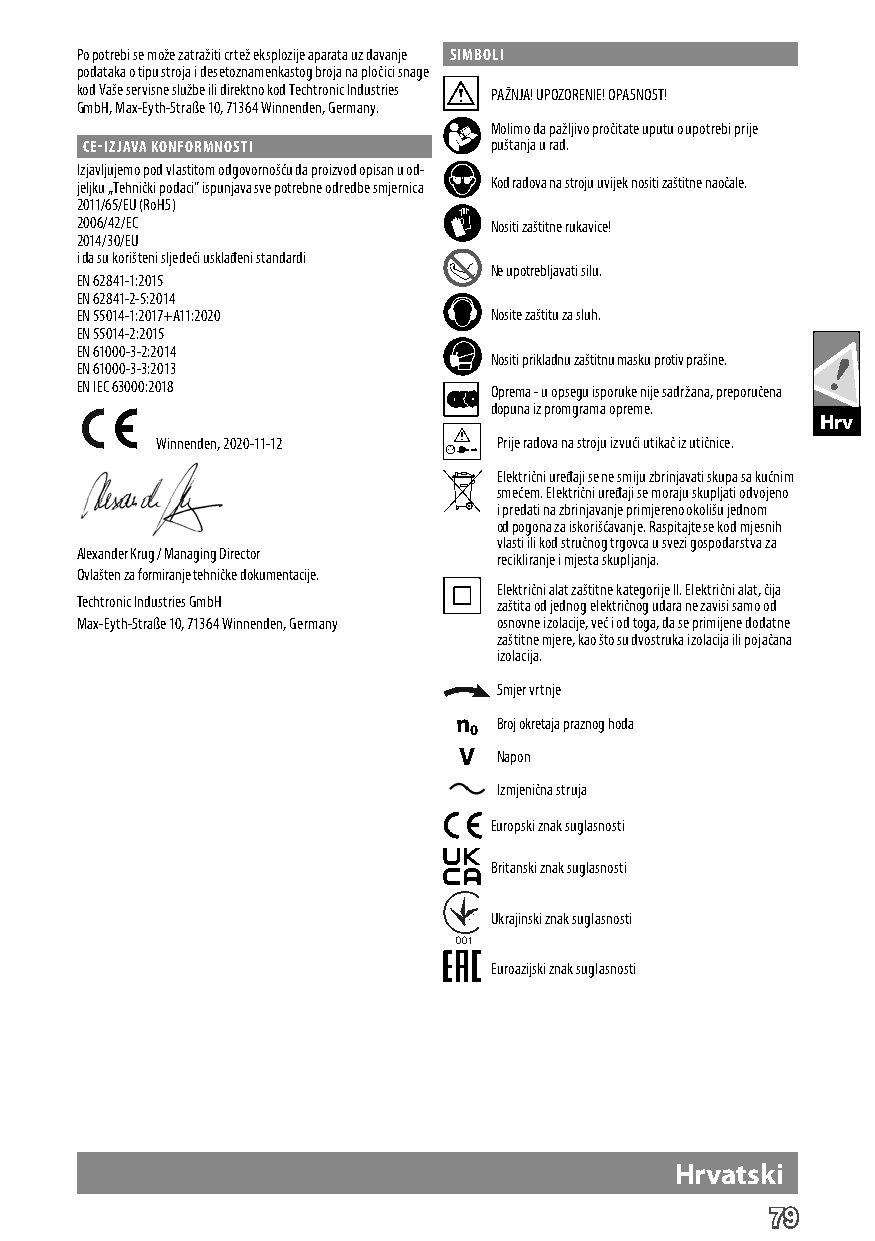
Po potrebi se može zatražiti crtež eksplozije aparata uz davanje SIMBOLI
 podataka o tipu stroja i desetoznamenkastog broja na pločici snage
 kod Vaše servisne službe ili direktno kod Techtronic Industries PAŽNJA! UPOZORENIE! OPASNOST!
 GmbH, Max-Eyth-Straße 10, 71364 Winnenden, Germany.
 Molimo da pažljivo pročitate uputu o upotrebi prije
 CE-IZJAVA KONFORMNOSTI    puštanja u rad.
 Izjavljujemo pod vlastitom odgovornošću da proizvod opisan u od-
 jeljku „Tehnički podaci“ ispunjava sve potrebne odredbe smjernica Kod radova na stroju uvijek nositi zaštitne naočale.
 2011/65/EU (RoHS)
 2006/42/EC                 Nositi zaštitne rukavice!
 2014/30/EU
 i da su korišteni sljedeći usklađeni standardi
 Ne upotrebljavati silu.
 EN 62841-1:2015
 EN 62841-2-5:2014
 EN 55014-1:2017+A11:2020   Nosite zaštitu za sluh.
 EN 55014-2:2015
 EN 61000-3-2:2014
 Nositi prikladnu zaštitnu masku protiv prašine.
 EN 61000-3-3:2013
 EN IEC 63000:2018          Oprema - u opsegu isporuke nije sadržana, preporučena
 dopuna iz promgrama opreme.
 Hrv
 Winnenden, 2020-11-12  Prije radova na stroju izvući utikač iz utičnice.
 Električni uređaji se ne smiju zbrinjavati skupa sa kućnim
 smećem. Električni uređaji se moraju skupljati odvojeno
 i predati na zbrinjavanje primjereno okolišu jednom
 od pogona za iskorišćavanje. Raspitajte se kod mjesnih
 vlasti ili kod stručnog trgovca u svezi gospodarstva za
 Alexander Krug / Managing Director
 recikliranje i mjesta skupljanja.
 Ovlašten za formiranje tehničke dokumentacije.
 Električni alat zaštitne kategorije II. Električni alat, čija
 Techtronic Industries GmbH  zaštita od jednog električnog udara ne zavisi samo od
 Max-Eyth-Straße 10, 71364 Winnenden, Germany osnovne izolacije, već i od toga, da se primijene dodatne
 zaštitne mjere, kao što su dvostruka izolacija ili pojačana
 izolacija.
 Smjer vrtnje
 n  Broj okretaja praznog hoda
 0
 V  Napon
 Izmjenična struja
 Europski znak suglasnosti
 Britanski znak suglasnosti
 Ukrajinski znak suglasnosti
 Euroazijski znak suglasnosti
 DHeruvtastcshki
 79